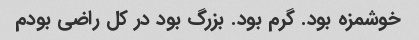
خوشمزه بود. گرم بود. بزرگ بود در کل راضی بودم